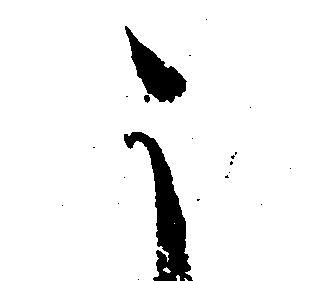
こ